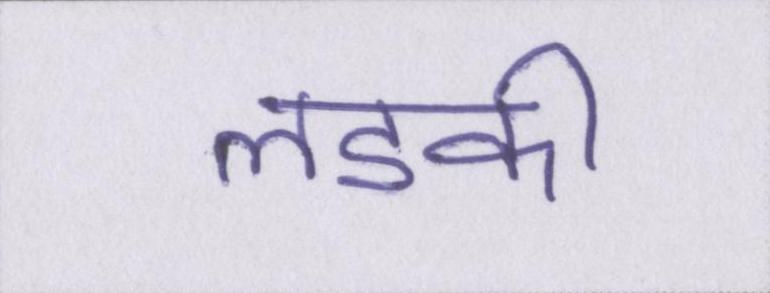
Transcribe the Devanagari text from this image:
लडकी